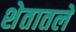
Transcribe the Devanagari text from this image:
शेतातले